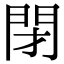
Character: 閉